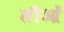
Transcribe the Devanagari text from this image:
लीओं